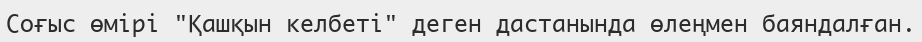
Соғыс өмірі "Қашқын келбеті" деген дастанында өлеңмен баяндалған.